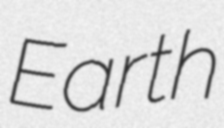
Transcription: Earth